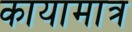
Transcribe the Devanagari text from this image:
कायामात्र